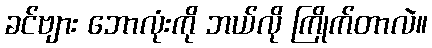
ခင်ဗျား ဘောလုံးကို ဘယ်လို ကြိုက်တာလဲ။